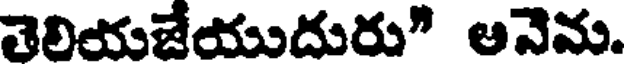
తెలియజేయుదురు" అనెను.